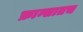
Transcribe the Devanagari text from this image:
फ्रान्सातच